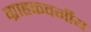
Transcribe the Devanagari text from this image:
ग्राहकवर्गीय